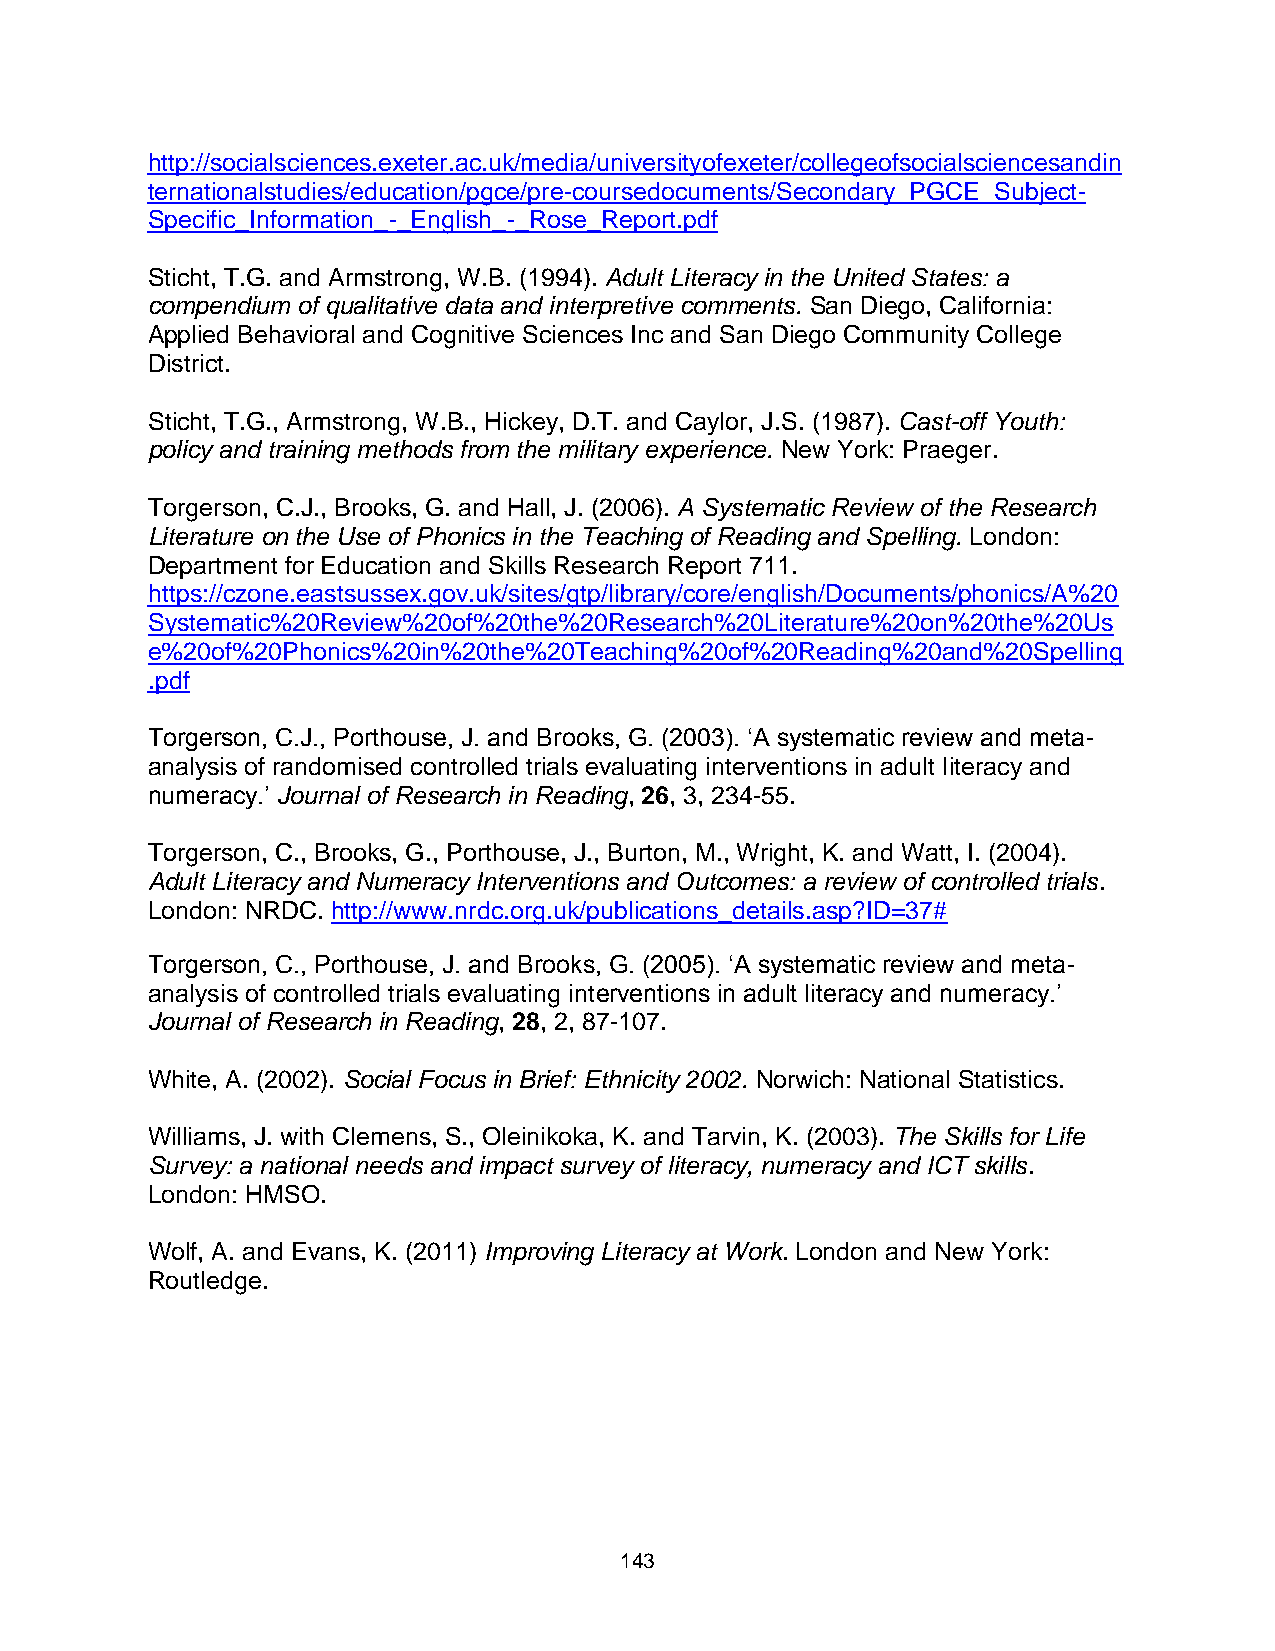
http://socialsciences.exeter.ac.uk/media/universityofexeter/collegeofsocialsciencesandin
 ternationalstudies/education/pgce/pre-coursedocuments/Secondary_PGCE_Subject-
 Specific_Information_-_English_-_Rose_Report.pdf
 Sticht, T.G. and Armstrong, W.B. (1994). Adult Literacy in the United States: a
 compendium of qualitative data and interpretive comments. San Diego, California:
 Applied Behavioral and Cognitive Sciences Inc and San Diego Community College
 District.
 Sticht, T.G., Armstrong, W.B., Hickey, D.T. and Caylor, J.S. (1987). Cast-off Youth:
 policy and training methods from the military experience. New York: Praeger.
 Torgerson, C.J., Brooks, G. and Hall, J. (2006). A Systematic Review of the Research
 Literature on the Use of Phonics in the Teaching of Reading and Spelling. London:
 Department for Education and Skills Research Report 711.
 https://czone.eastsussex.gov.uk/sites/gtp/library/core/english/Documents/phonics/A%20
 Systematic%20Review%20of%20the%20Research%20Literature%20on%20the%20Us
 e%20of%20Phonics%20in%20the%20Teaching%20of%20Reading%20and%20Spelling
 .pdf
 Torgerson, C.J., Porthouse, J. and Brooks, G. (2003). ‘A systematic review and meta-
 analysis of randomised controlled trials evaluating interventions in adult literacy and
 numeracy.’ Journal of Research in Reading, 26, 3, 234-55.
 Torgerson, C., Brooks, G., Porthouse, J., Burton, M., Wright, K. and Watt, I. (2004).
 Adult Literacy and Numeracy Interventions and Outcomes: a review of controlled trials.
 London: NRDC. http://www.nrdc.org.uk/publications_details.asp?ID=37#
 Torgerson, C., Porthouse, J. and Brooks, G. (2005). ‘A systematic review and meta-
 analysis of controlled trials evaluating interventions in adult literacy and numeracy.’
 Journal of Research in Reading, 28, 2, 87-107.
 White, A. (2002). Social Focus in Brief: Ethnicity 2002. Norwich: National Statistics.
 Williams, J. with Clemens, S., Oleinikoka, K. and Tarvin, K. (2003). The Skills for Life
 Survey: a national needs and impact survey of literacy, numeracy and ICT skills.
 London: HMSO.
 Wolf, A. and Evans, K. (2011) Improving Literacy at Work. London and New York:
 Routledge.
 143